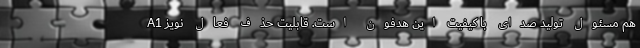
A1 هم مسئول تولید صدای با کیفیت این هدفون است. قابلیت حذف فعال نویز